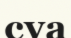
суа